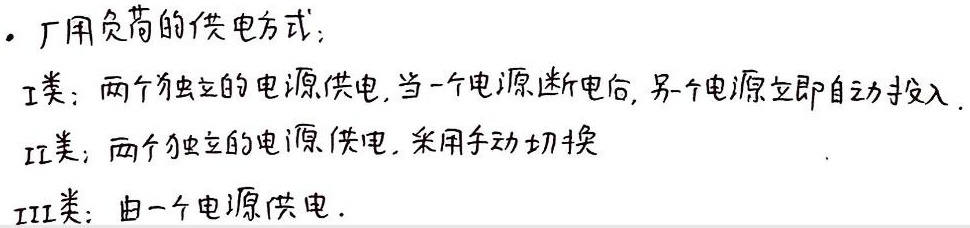
- 厂用负荷的供电方式：
  - Ⅰ类：两个独立的电源供电，当一个电源断电后，另一个电源立即自动投入。
  - Ⅱ类：两个独立的电源供电，采用手动切换。
  - Ⅲ类：由一个电源供电。